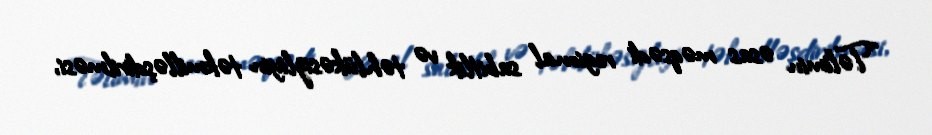
“Təlimin əsas məqsədi regional sabitlik və təhlükəsizliyin təkmilləşdirilməsi,